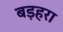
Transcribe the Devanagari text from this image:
बड़हरा